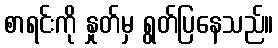
စာရင်းကို နှုတ်မှ ရွတ်ပြနေသည်။